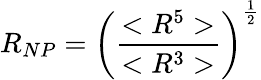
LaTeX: R_{NP}=\left(\frac{<R^{5}>}{<R^{3}>}\right)^{\frac{1}{2}}